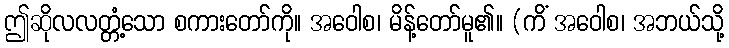
ဤဆိုလလတ္တံ့သော စကားတော်ကို။ အဝေါစ၊ မိန့်တော်မူ၏။ (ကိံ အဝေါစ၊ အဘယ်သို့